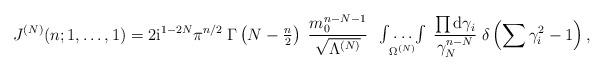
LaTeX: \begin{align*}J^{(N)}(n; 1, \ldots, 1) = 2\mbox{i}^{1-2N} \pi^{n/2} \;\Gamma\left(N-{\textstyle{n\over2}}\right) \;\frac{m_0^{n-N-1}}{\sqrt{\Lambda^{(N)}}} \;\begin{array}{c} {} \\ \int\limits \ldots \int\limits \\ {}^{\Omega^{(N)}} \end{array}\frac{\prod \mbox{d}\gamma_i}{\gamma_N^{n-N}} \;\delta\left( \sum\gamma_i^2 -1\right) ,\end{align*}